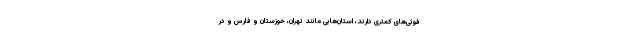
فوتی‌های کمتری دارند، استان‌هایی مانند تهران، خوزستان و فارس و در